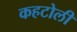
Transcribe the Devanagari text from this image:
कहटोली